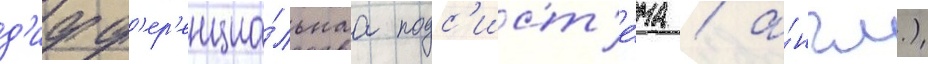
д'ифф'ер'енциа́льнаа подс'ист'е́ма / а́нгл.)